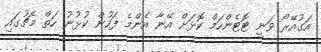
އަގުއޭރޯ ވަނީ ޓޮޓެންހަމް ކޮޅަށް އޭނާ އެންމެ ފަހުން ކުޅުނު ހަތް މެޗުގައި